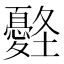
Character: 𡔀